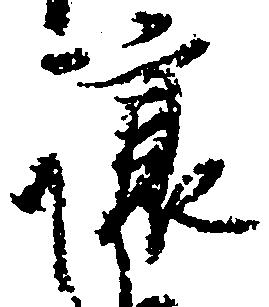
譲